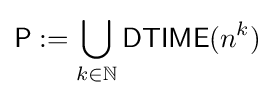
{\mathsf {P}}:=\bigcup _{k\in \mathbb {N} }{\mathsf {DTIME}}(n^{k})